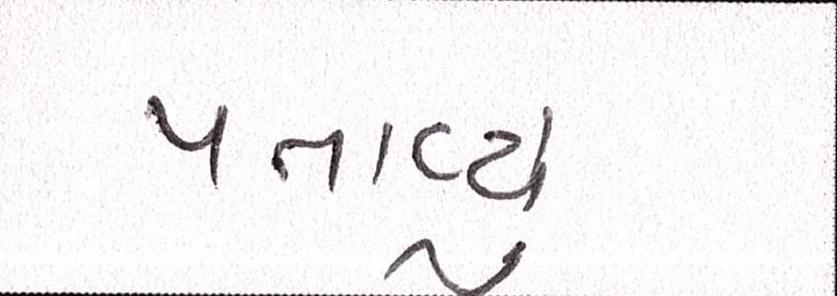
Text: પતાવ્યું